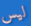
ليس